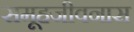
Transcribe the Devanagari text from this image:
समूहजीवनास